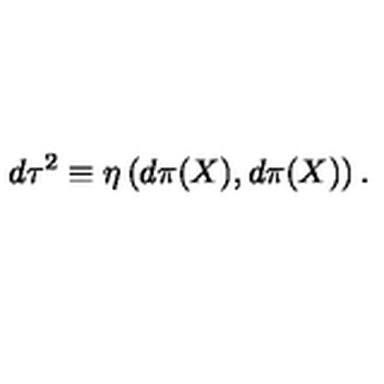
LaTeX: d \tau ^ { 2 } \equiv \eta \left( d \pi ( X ) , d \pi ( X ) \right) .